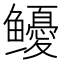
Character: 𩾎